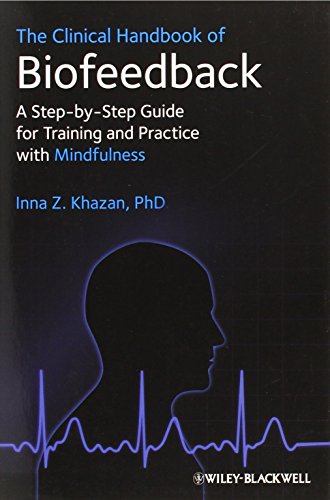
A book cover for The Clinical Handbook of Biofeedback: A Step-by-Step Guide for Training and Practice with Mindfulness; Inna Z. Khazan; Medical Books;